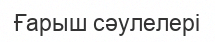
Ғарыш сәулелері